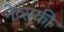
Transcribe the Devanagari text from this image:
नेव्सकी